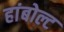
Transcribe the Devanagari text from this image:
हांबोल्ट